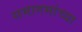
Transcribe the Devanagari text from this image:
समागमांच्या